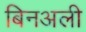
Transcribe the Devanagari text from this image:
बिनअली